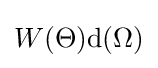
W(\Theta ){\textrm {d}}(\Omega )